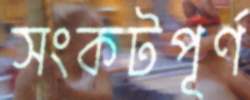
সংকটপূর্ণ